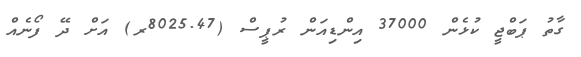
ގާތު ޕަބްޖީ ކުޅެން 37000 އިންޑިއަން ރުޕީސް (8025.47ރ) އަށް ދޭ ފޯނެއް